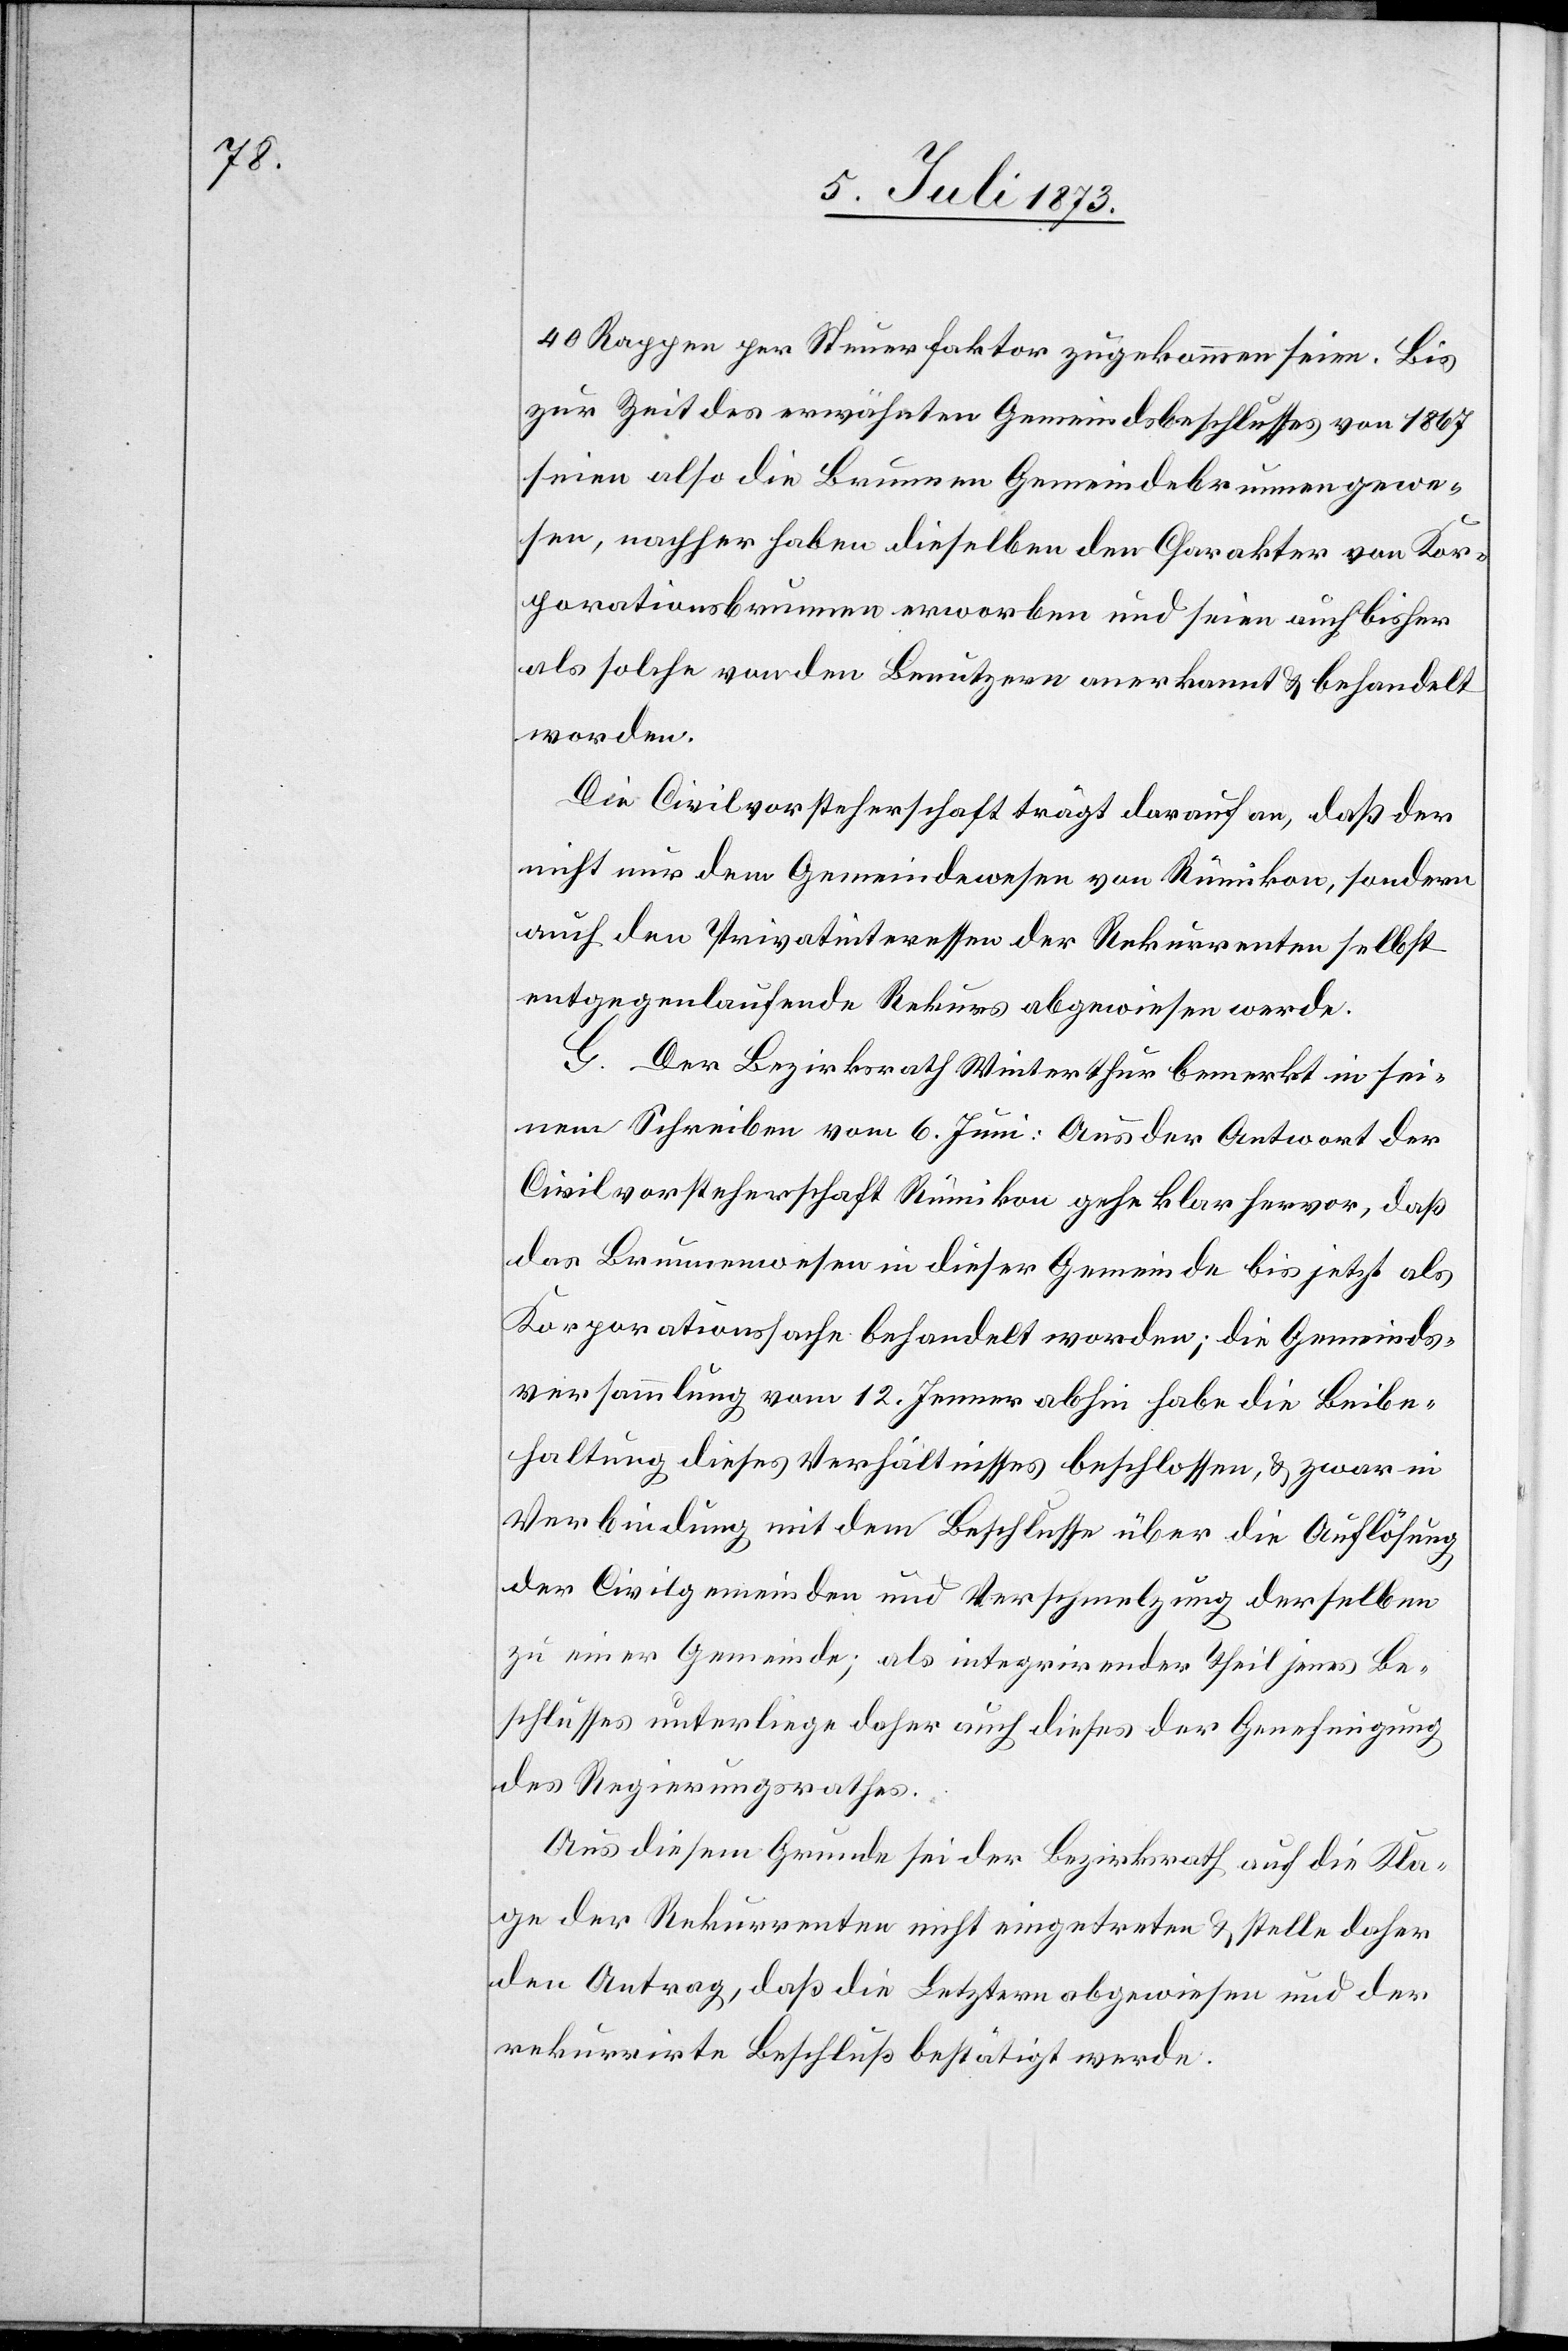
40 Rappen per Steuerfaktor zugekommen seien. Bis
zur Zeit des erwähnten Gemeindsbeschlusses von 1867
seien also die Brunnen Gemeindebrunnen gewe¬
sen, nachher haben dieselben den Charakter von Kor¬
porationsbrunnen erworben und seien auch bisher
als solche von den Benutzern anerkannt & behandelt
worden.
Die Civilvorsteherschaft trägt darauf an, daß der
nicht nur dem Gemeindewesen von Rümikon, sondern
auch den Privatinteressen der Rekurrenten selbst
entgegenlaufende Rekurs abgewiesen werde.
G. Der Bezirksrath Winterthur bemerkt in sei¬
nem Schreiben vom 6. Juni: Aus der Antwort der
Civilvorsteherschaft Rümikon gehe klar hervor, daß
das Brunnenwesen in dieser Gemeinde bis jetzt als
Korporationssache behandelt worden; die Gemeinds¬
versammlung vom 12. Jenner abhin habe die Beibe¬
haltung dieses Verhältnisses beschlossen, & zwar in
Verbindung mit dem Beschlusse über die Auflösung
der Civilgemeinden und Verschmelzung derselben
zu einer Gemeinde; als integrirender Theil jenes Be¬
schlusses unterliege daher auch dieses der Genehmigung
des Regierungsrathes.
Aus diesem Grund sei der Bezirksrath auf die Kla¬
ge der Rekurrenten nicht eingetreten & stelle daher
den Antrag, daß die Letztern abgewiesen und der
rekurrirte Beschluß bestätigt werde.